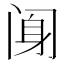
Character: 𰿰